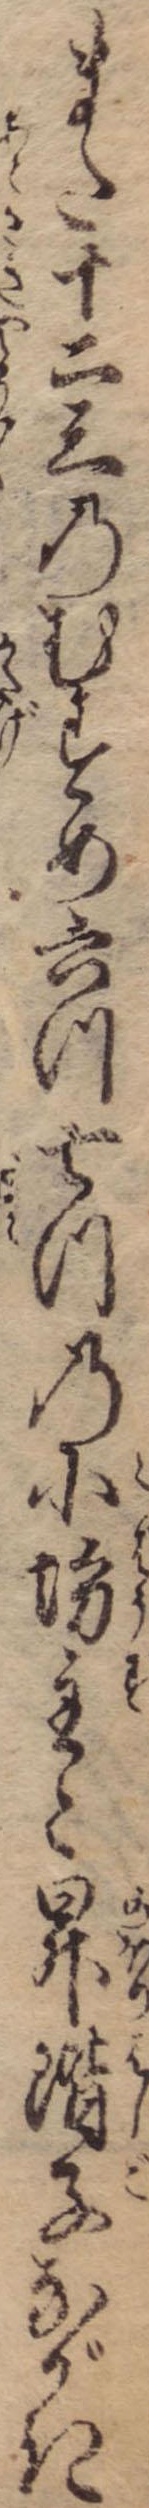
また十二三のむすめ六つ七つの小坊主と昇階子ながき